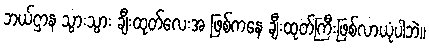
ဘယ်ဌာန သွားသွား ချီးထုတ်လေးအ ဖြစ်ကနေ ချီးထုတ်ကြီးဖြစ်လာယုံပါဘဲ။